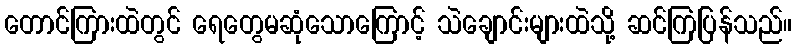
တောင်ကြားထဲတွင် ရေတွေမဆုံသောကြောင့် သဲချောင်းများထဲသို့ ဆင်ကြပြန်သည်။